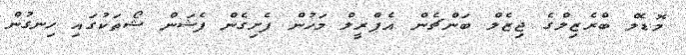
މޮޑެލް ބްރެޒިލްގެ ޖިޒެލް ބަންޗެން އެޕްރީލް މަހުން ފެށިގެން ފެޝަން ޝޯތަކުގައި ހިނގުން